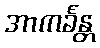
အာကင်္ခန္တ